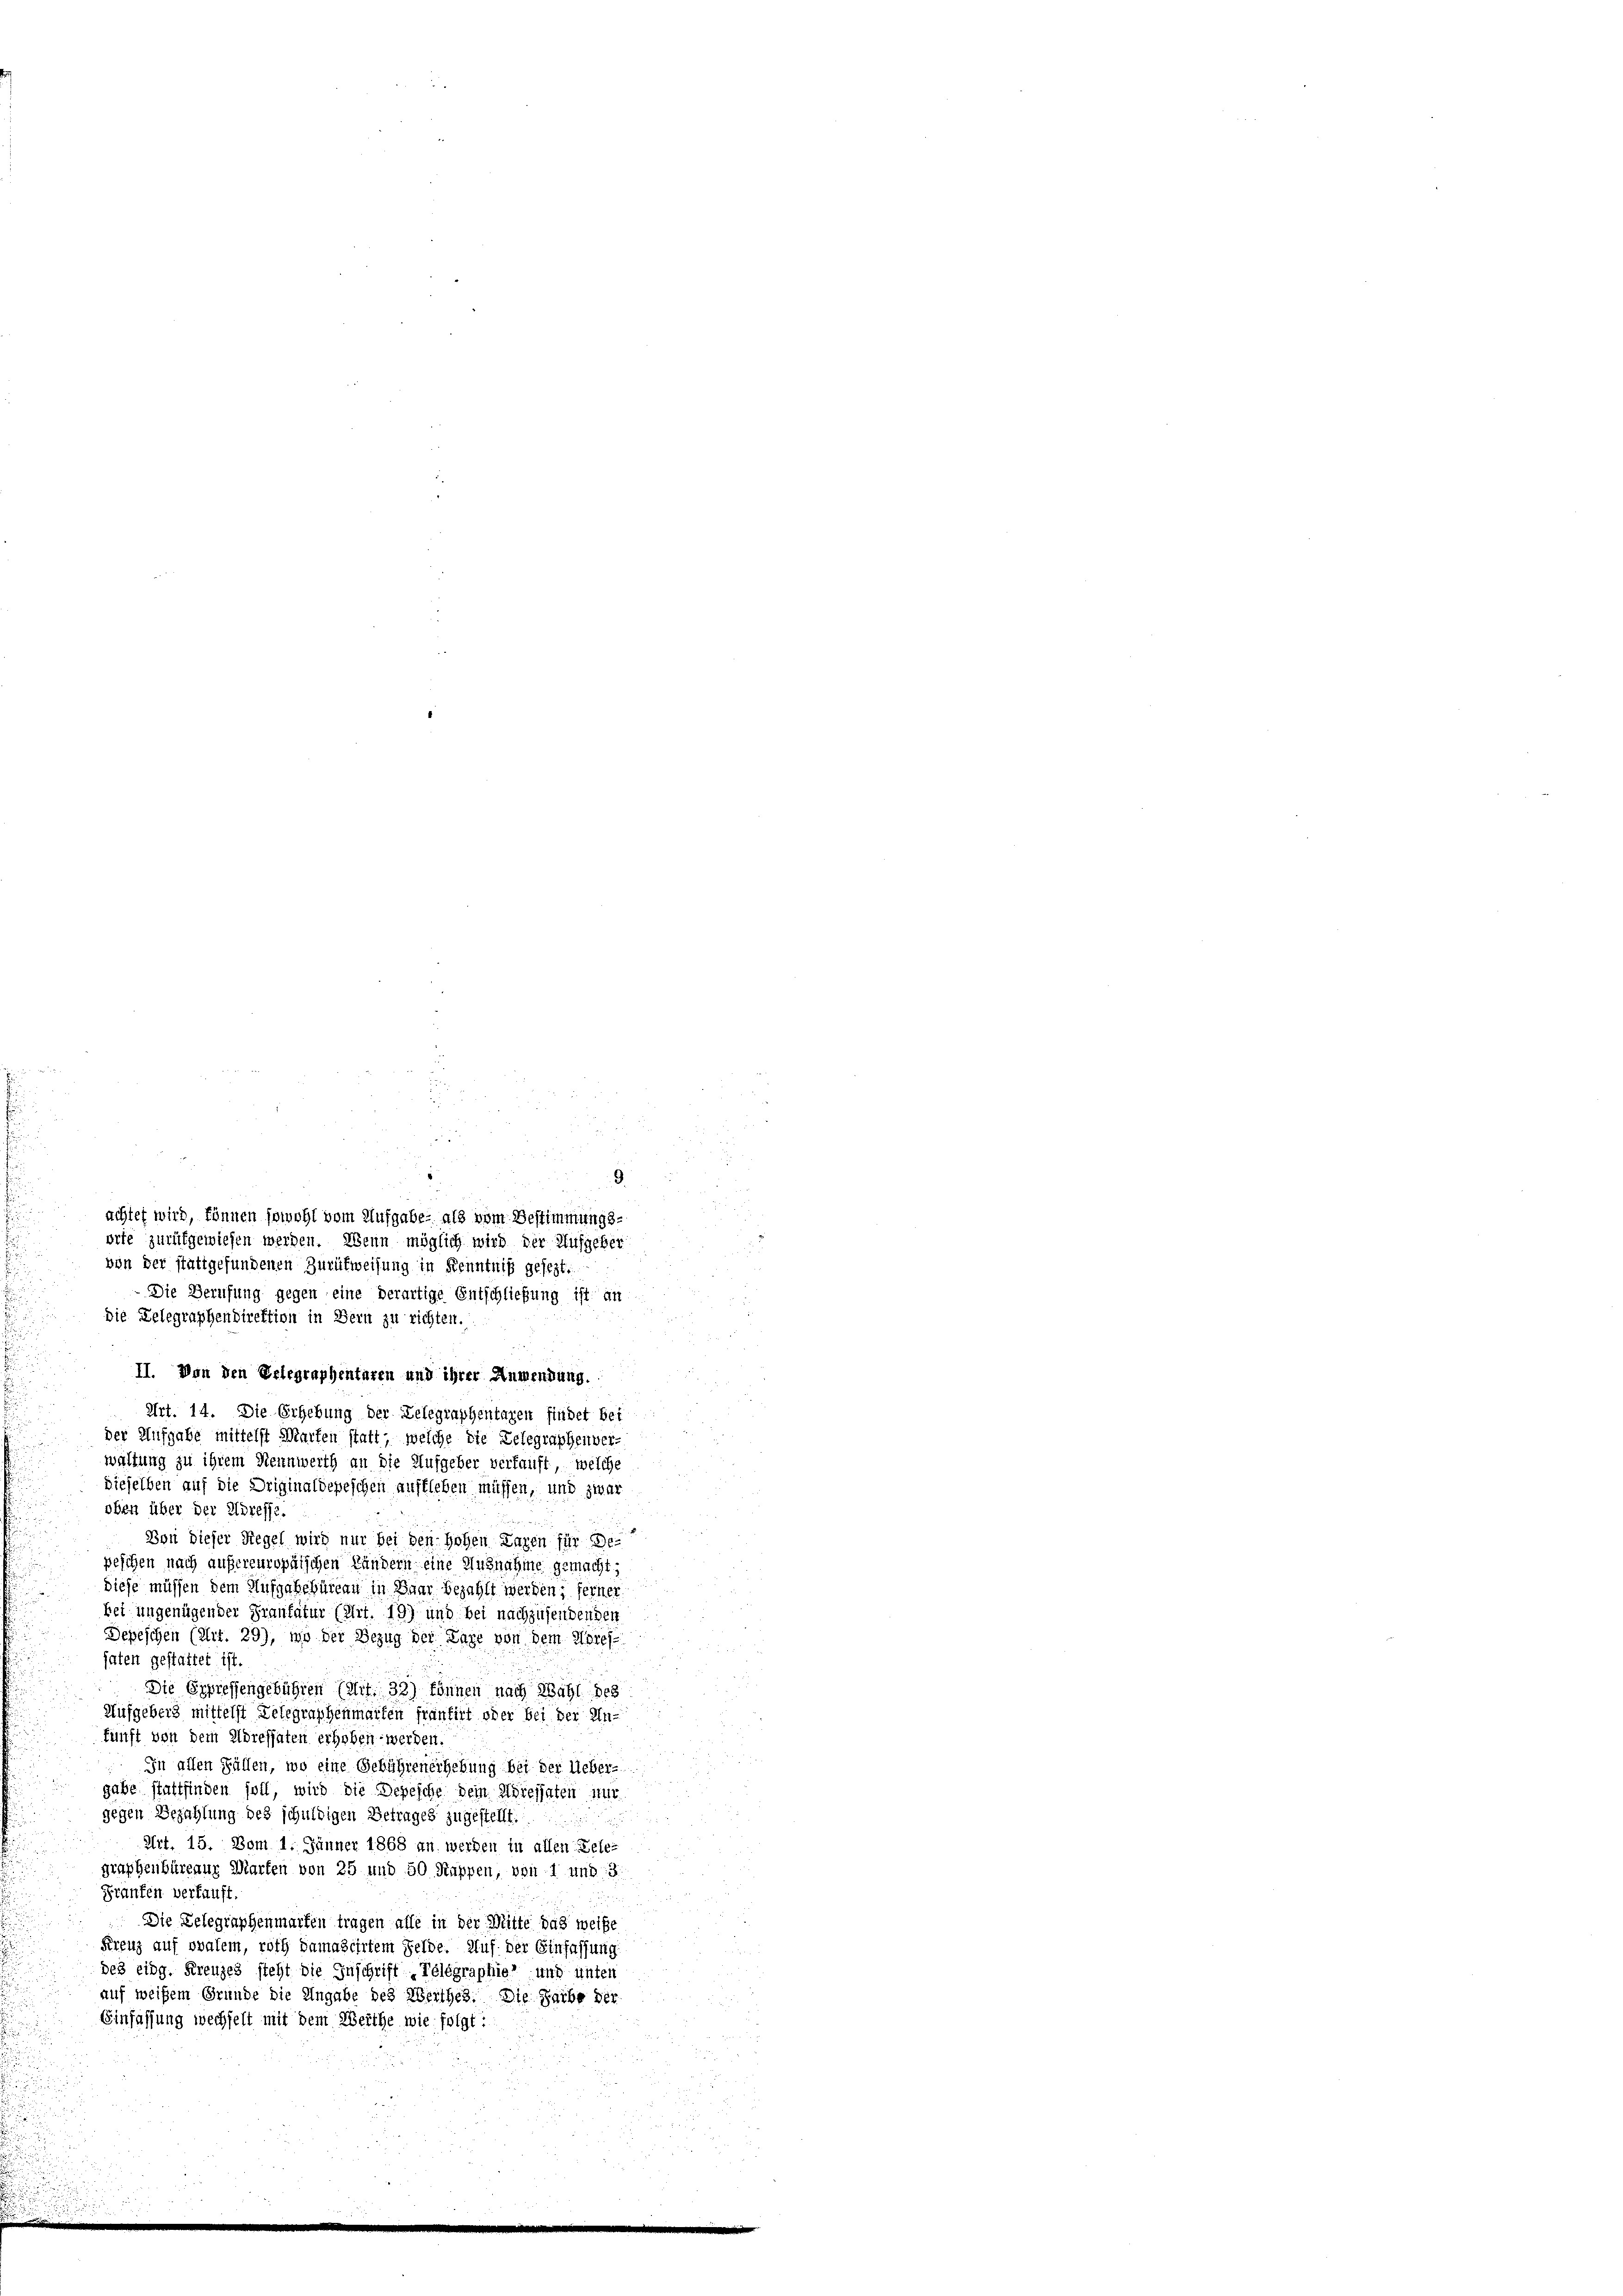
d

achtet wird, können sowohl vom Aufgabe, als vom Bestimmungs-
orfe zurükgewiesen werden. Wenn möglich wird der Aufgeber
von der stattgefundenen Zurükweisung in Kenntniß gesezt.
Die Berufung gegen eine derartige Entschließung ist an
die Delegraphendirektion in Bern zu richten.
II. Von den Erlegraphentaren und ihrer Anwendung.
Art. 14. Die Ergebung der Gelegraphentagen findet bei
der Aufgabe mittelst Marfen statt, welche die Telegraphenver-
waltung zu ihrem Nennwerth an die Aufgeber verkauft, welche
dieselben auf die Driginaldepeschen auffleben müssen, und zwar
oben über der Adresse.
Von dieser Regel wird nur bei den Hohen Lagen für Depeschen nach aufereuropäischen Ländern eine Ausnahme gemacht,
diese müssen dem Aufgabebüreau in Baar bezahlt werden; ferner
kei ungenügender Fraukatur (Art. 19) und bei nachzusendenden
Depeschen (Art. 29), wo der Bezug der Lage von dem Koref
haten gestattet ist.
Die Eppressengebühren (Mit. 33) können nach Wahl des
Aufgeberg mittelst Telegraphenmanten frantirt oder bei der Inkunft von dem Adressaten erhoben werden.
In allen Fällen, wo eine Gebührenergebung bei der Ueber-
gabe stattfinden soll, wird die Depesche Dein Airessaten nur
gegen Bezahlung des schuldigen Betrages zugestellt.
Art. 15. Vom 1. Jänner 1868 an werden in allen Gele-
graphenbüreaus Marten von 25 und 50 Rappen, von 1 und 3
Franken verkauft.
Die Gelegraphenmarken tragen alle in der Mitte das weige
Kreuz auf ovalem, roth Samascirtem Felde. Auf der Einfassung:
des eidg. Kreuzes steht die Inschrift, Telegraphie und unten
auf weisem Grunde die Angabe des Werthes. Die Farbe der
Einfassung wechselt mit dem Werthe wie folgt:

e